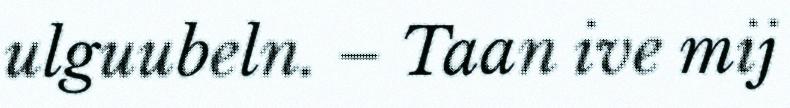
ulguubeln. – Taan ive mij